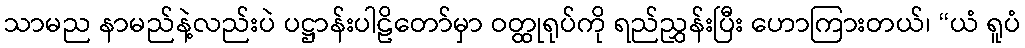
သာမည နာမည်နဲ့လည်းပဲ ပဋ္ဌာန်းပါဠိတော်မှာ ဝတ္ထုရုပ်ကို ရည်ညွှန်းပြီး ဟောကြားတယ်၊ “ယံ ရူပံ